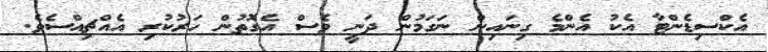
އެކްސިޑެންޓާ އެކު އެންމެ ގިނައިން ނަގަމުން ދަނީ ވެސް އެގޮތުން ހަރުކުރި އެއްޗިއްސެވެ.